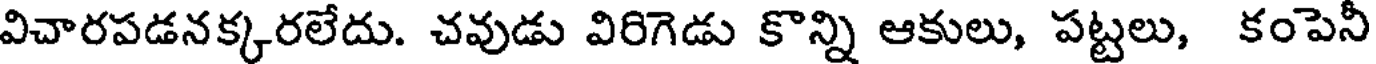
విచారపడనక్కరలేదు. చవుడు విరిగెడు కొన్ని ఆకులు, పట్టలు, కంపెనీ